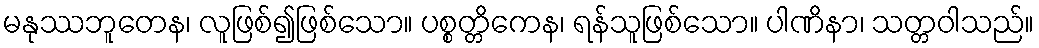
မနုဿဘူတေန၊ လူဖြစ်၍ဖြစ်သော။ ပစ္စတ္တိကေန၊ ရန်သူဖြစ်သော။ ပါဏိနာ၊ သတ္တဝါသည်။